Civil Veterinary Dept. Bombay admin report 1900-1906 - 1900-1906
Year: 1900
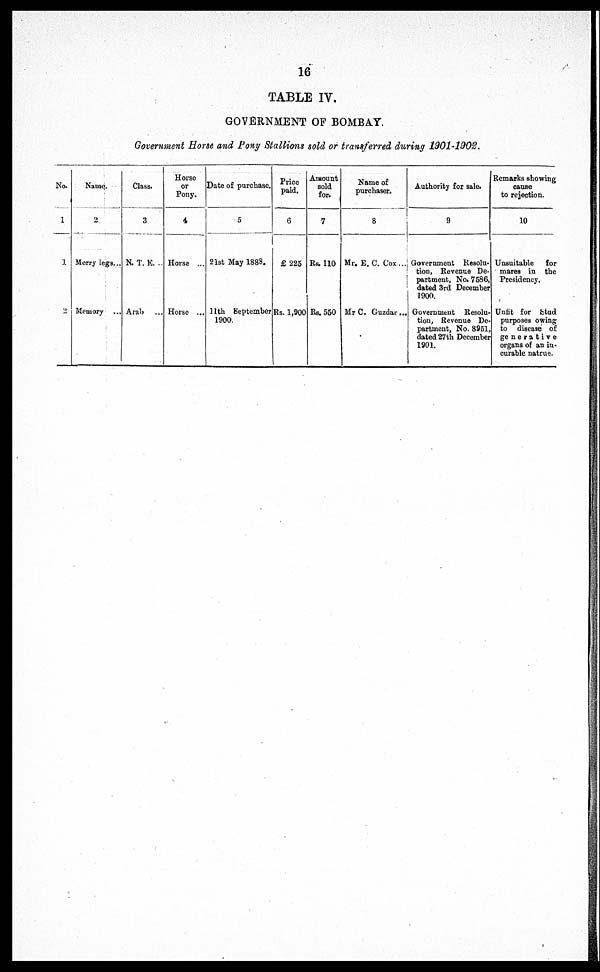
16
TABLE IV.
GOVERNMENT OF BOMBAY.
Government Horse and Pony Stallions sold or transferred during 1901-1902.
No.
1
1
2
Name.
2
Merry legs...
Memory ...
Class.
3
N.T. E. ..
Arab ...
Horse
or
Pony.
4
Horse ...
Horse ...
Date of purchase.
5
21st May 1888.
11th September
1900.
Price
paid.
6
£ 225
Rs. 1,900
Amount
sold
for.
7
Rs. 110
Rs.550
Name of
purchaser.
8
Mr. E. C. Cox ...
Mr C. Guzdar ...
Authority for sale.
9
Government Resolu-
tion, Revenue De-
partment, No. 7586,
dated 3rd December
1900.
Government Resolu-
tion, Revenue De-
partment, No. 8951,
dated 27th December
1901.
Remarks showing
cause
to rejection.
10
Unsuitable
for
mares in the
Presidency.
Unfit for Stud
purposes owing
to disease of
generative
organs of an in-
curable natrue.